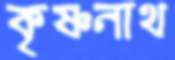
কৃষ্ণনাথ